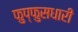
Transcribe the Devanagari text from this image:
फुप्फुसधारी